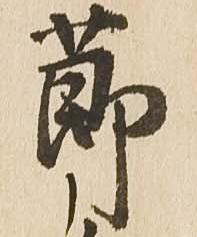
節